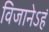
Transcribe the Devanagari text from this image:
विजानेऽहं